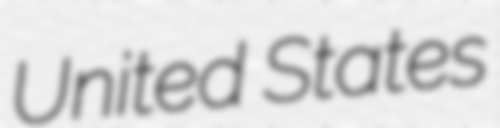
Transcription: United States